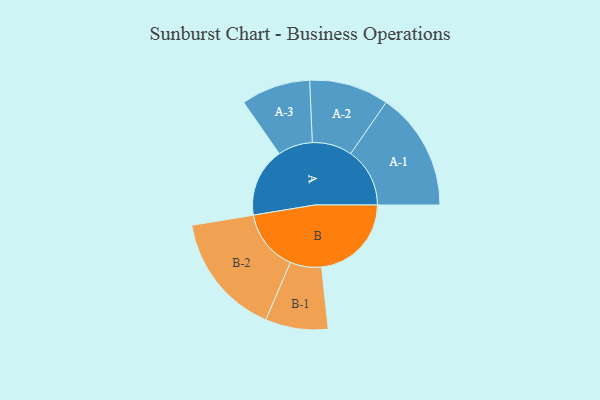
{"axis": {"x": "Segment", "y": "Value"}, "legend": ["", "A", "B"], "data": [{"x": "A", "y": 293, "type": ""}, {"x": "B", "y": 381, "type": ""}, {"x": "A-1", "y": 251, "type": "A"}, {"x": "A-2", "y": 169, "type": "A"}, {"x": "A-3", "y": 147, "type": "A"}, {"x": "B-1", "y": 133, "type": "B"}, {"x": "B-2", "y": 261, "type": "B"}]}